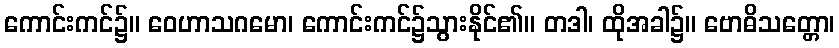
ကောင်းကင်၌။ ဝေဟာသဂမော၊ ကောင်းကင်၌သွားနိုင်၏။ တဒါ၊ ထိုအခါ၌။ ဗောဓိသတ္တော၊